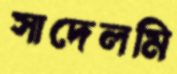
সাদেলমি